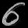
Digit: ၈